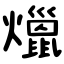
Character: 爉